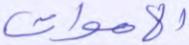
الأموات